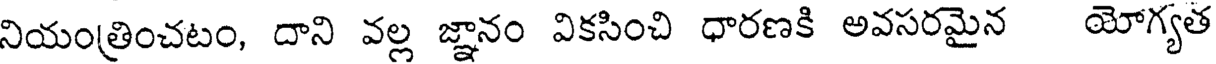
నియంత్రించటం, దాని వల్ల జ్ఞానం వికసించి ధారణకి అవసరమైన యోగ్యత